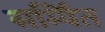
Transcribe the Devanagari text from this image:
सर्म्पित